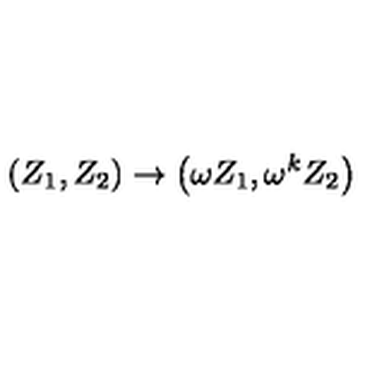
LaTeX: \left( Z _ { 1 } , Z _ { 2 } \right) \rightarrow \left( \omega Z _ { 1 } , \omega ^ { k } Z _ { 2 } \right)